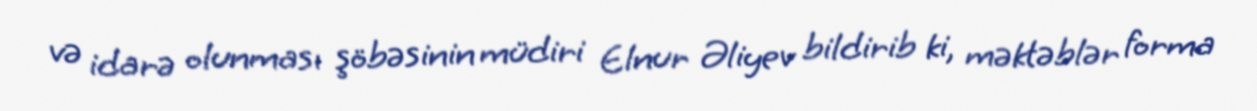
və idarə olunması şöbəsinin müdiri Elnur Əliyev bildirib ki, məktəblər forma